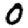
Digit: 0